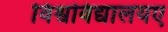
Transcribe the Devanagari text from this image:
विश्वविद्यालयए